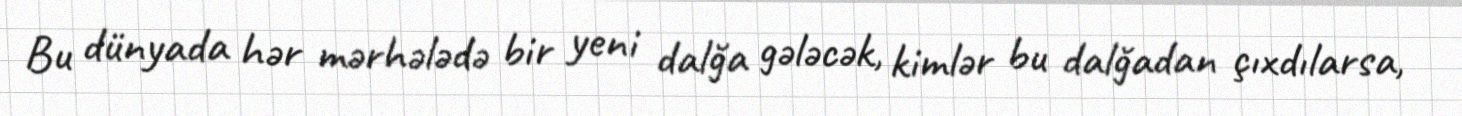
Bu dünyada hər mərhələdə bir yeni dalğa gələcək, kimlər bu dalğadan çıxdılarsa,